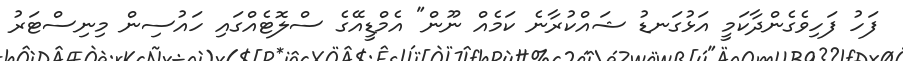
ފަހު ފަހިވެގެންދާކަމީ އަޅުގަނޑު ޝައްކުރާނެ ކަމެއް ނޫން" އެމްޑީއޭގެ ސްލޮޓެއްގައި ހައުސިން މިނިސްޓަރު